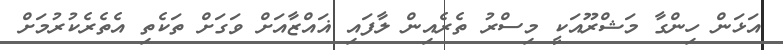
އަޅަން ހިންގާ މަޝްރޫއަކީ މިސްރު ތެރެއިން ލާފައި ޣައްޒާއަށް ވަގަށް ތަކެތި އެތެރެކުރުމަށް